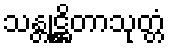
သန္တုဋ္ဌိတာသုတ္တံ